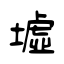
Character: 墟